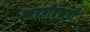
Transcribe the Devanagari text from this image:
आरपीएसपी